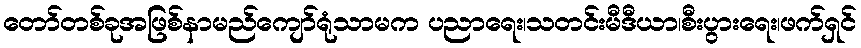
တော်တစ်ခုအဖြစ်နာမည်ကျော်ရုံသာမက ပညာရေး၊သတင်းမီဒီယာ၊စီးပွားရေး၊ဖက်ရှင်